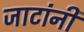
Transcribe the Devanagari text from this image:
जाटांनी